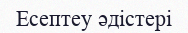
Есептеу әдістері